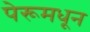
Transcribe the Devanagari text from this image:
पेरूमधून